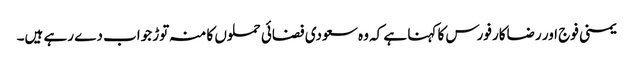
یمنی فوج اور رضاکار فورس کا کہنا ہے کہ وہ سعودی فضائی حملوں کا منہ توڑ جواب دے رہے ہیں۔